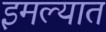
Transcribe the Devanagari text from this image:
इमल्यात